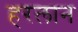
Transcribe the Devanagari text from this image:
हरलान